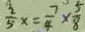
\frac { 2 } { 5 } x = \frac { 7 } { 4 } \times \frac { 5 } { 8 }